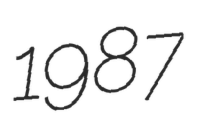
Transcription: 1987